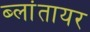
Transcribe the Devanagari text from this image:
ब्लांतायर